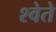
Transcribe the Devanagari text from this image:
श्वेते